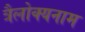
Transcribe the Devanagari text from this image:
त्रैलोक्यनाम